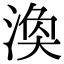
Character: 涣